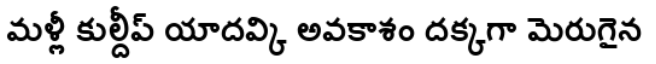
మళ్లీ కుల్దీప్ యాదవ్కి అవకాశం దక్కగా మెరుగైన